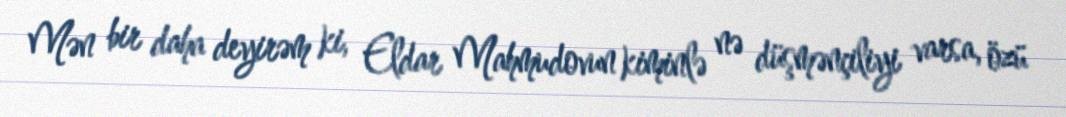
Mən bir daha deyirəm ki, Eldar Mahmudovun kiminlə nə düşmənçiliyi varsa, özü